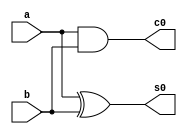

module half_adder(input a, b, output s0, c0);
  assign s0 = a ^ b;
  assign c0 = a & b;
endmodule